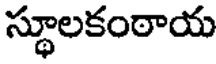
స్థూలకంఠాయ